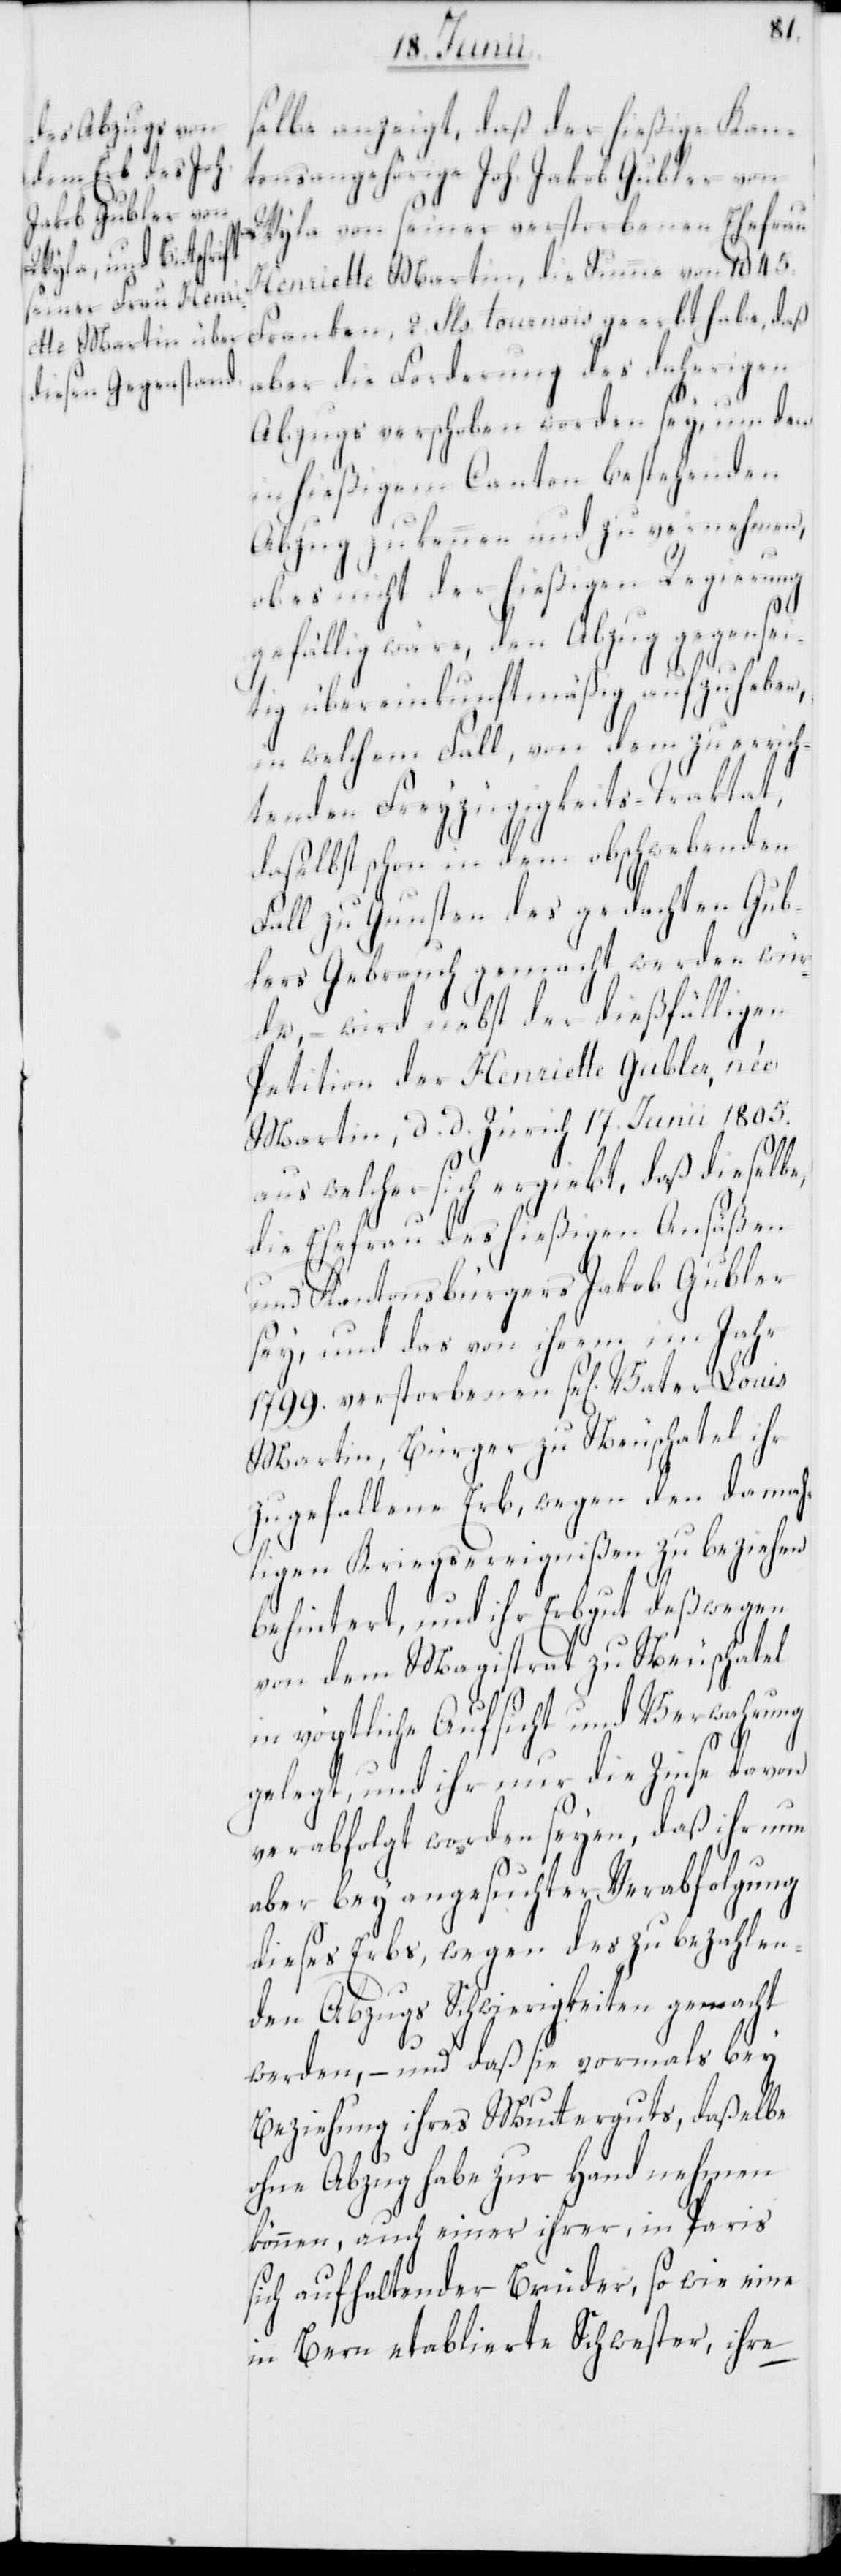
selbe anzeigt, daß der hießige Kan¬
tonsangehörige Joh. Jakob Gubler von
Wyla, von seiner verstorbenen Ehefrau
Henriette Martin, die Summe von 1045.
Franken, 2. Sls. tournois geerbt habe, daß
aber die Forderung des daherigen
Abzugs verschoben worden sey, um den
in hießigem Canton bestehenden
Abzug zu kennen und zu vernehmen,
ob es nicht der hießigen Regierung
gefällig wäre, den Abzug gegensei¬
tig übereinkunftmäßig aufzuheben,
in welchem Fall, von dem zu errich¬
tenden Freyzügigkeits-Traktat,
daselbst schon in dem obschwebenden
Fall zu Gunsten des gedachten Gub¬
lers Gebrauch gemacht werden wür¬
de, – wird nebst der dießfälligen
Petition der Henriette Gubler, née
Martin, d. d. Zürich 17. Junii 1805.
aus welcher sich ergiebt, daß dieselbe,
die Ehefrau des hießigen Ansäßen
und Kantonsbürgers Jakob Gubler
sey, und das von ihrem im Jahr
1799. verstorbenen se[ligen] Vater Louis
Martin, Bürger zu Neuschatel ihr
zugefallene Erb, wegen den damah¬
ligen Kriegsereignißen zu beziehen
behintert, und ihr Erbgut deßwegen
von dem Magistrat zu Neuschatel
in vögtliche Aufsicht und Verwahrung
gelegt, und ihr nur die Zinse davon
verabfolgt worden seyen, daß ihr nun
aber bey angesuchter Verabfolgung
dieses Erbs, wegen des zu bezahlen¬
den Abzugs Schwierigkeiten gemacht
werden, – und daß sie vormals bey
Beziehung ihres Mutterguts, daßelbe
ohne Abzug habe zur Hand nehmen
können, auch einer ihrer, in Paris
sich aufhaltender Brüder, so wie eine
in Bern etablierte Schwester, ihre